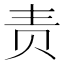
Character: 责